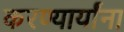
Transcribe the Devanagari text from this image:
करण्यार्यांना